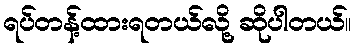
ရပ်တန့်ထားရတယ်လို့ ဆိုပါတယ်။